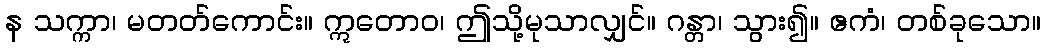
န သက္ကာ၊ မတတ်ကောင်း။ ဣတောဝ၊ ဤသို့မုသာလျှင်။ ဂန္တာ၊ သွား၍။ ဧကံ၊ တစ်ခုသော။